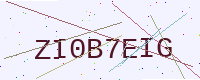
Text: ZI0B7EIG